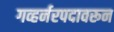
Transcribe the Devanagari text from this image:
गव्हर्नरपदावरून